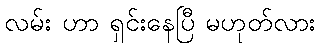
လမ်း ဟာ ရှင်းနေပြီ မဟုတ်လား